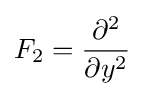
F_{2}={\partial ^{2} \over \partial y^{2}}